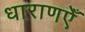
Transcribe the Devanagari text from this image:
धाराणएँ